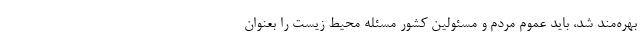
بهره‌مند شد، باید عموم مردم و مسئولین کشور مسئله محیط زیست را بعنوان